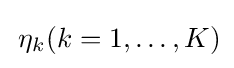
\,\eta _{k}(k=1,\ldots ,K)